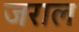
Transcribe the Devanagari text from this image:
जराल